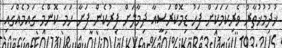
ޚުދުމުޚުތާރު ވެރިކަމަކަށް ފަހު ޑިމޮކްރަސީއާ ދިމާލަށް ފިރުކެން ފަށާ ހަމަ ކޮންމެ ގައުމެއްގައި